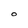
Character: O